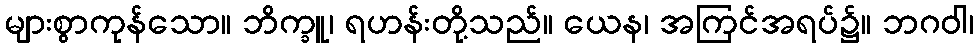
များစွာကုန်သော။ ဘိက္ခူ၊ ရဟန်းတို့သည်။ ယေန၊ အကြင်အရပ်၌။ ဘဂဝါ၊